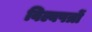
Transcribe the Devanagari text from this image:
विल्वपत्रों